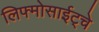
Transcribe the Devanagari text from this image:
लिफ्मोसाईट्चे